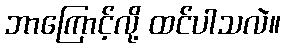
ဘာကြောင့်လို့ ထင်ပါသလဲ။